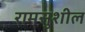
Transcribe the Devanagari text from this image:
रामसुशील